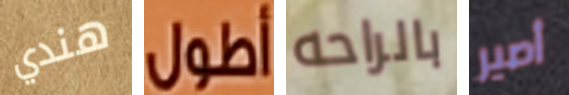
هندي أطول بالراحه أصير